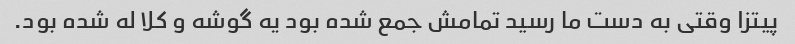
پیتزا وقتی به دست ما رسید تمامش جمع شده بود یه گوشه و کلا له شده بود.